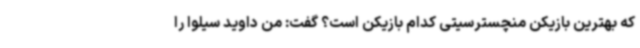
که بهترین بازیکن منچسترسیتی کدام بازیکن است؟ گفت: من داوید سیلوا را